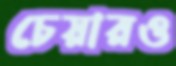
চেয়ারও